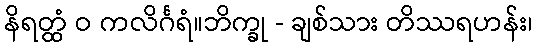
နိရတ္ထံ ဝ ကလိင်္ဂရံ။ဘိက္ခု - ချစ်သား တိဿရဟန်း၊